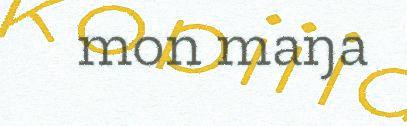
mon maŋa